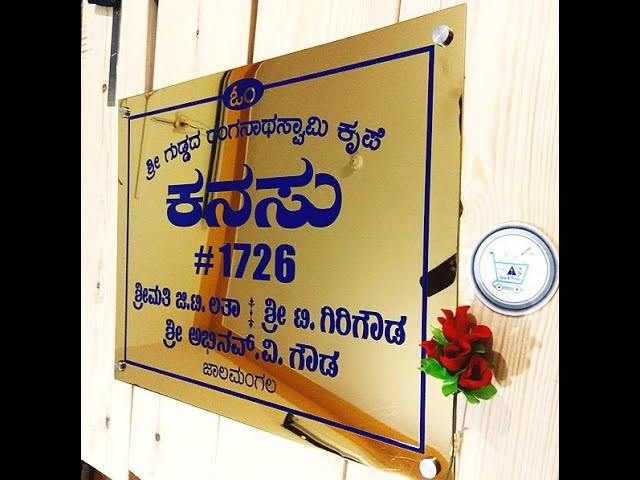
Language: kannada
Transcription: ಶ್ರೀ ಕನಸು ಗಿರಿಗೌಡ ಕೃಪೆ ಶ್ರೀಮತಿ ಜಾಲಮಂಗಲ ಶ್ರೀ ಗೌಡ